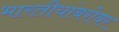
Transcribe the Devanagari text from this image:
भारतीयांबरोबर